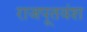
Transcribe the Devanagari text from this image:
राजपूतवंश